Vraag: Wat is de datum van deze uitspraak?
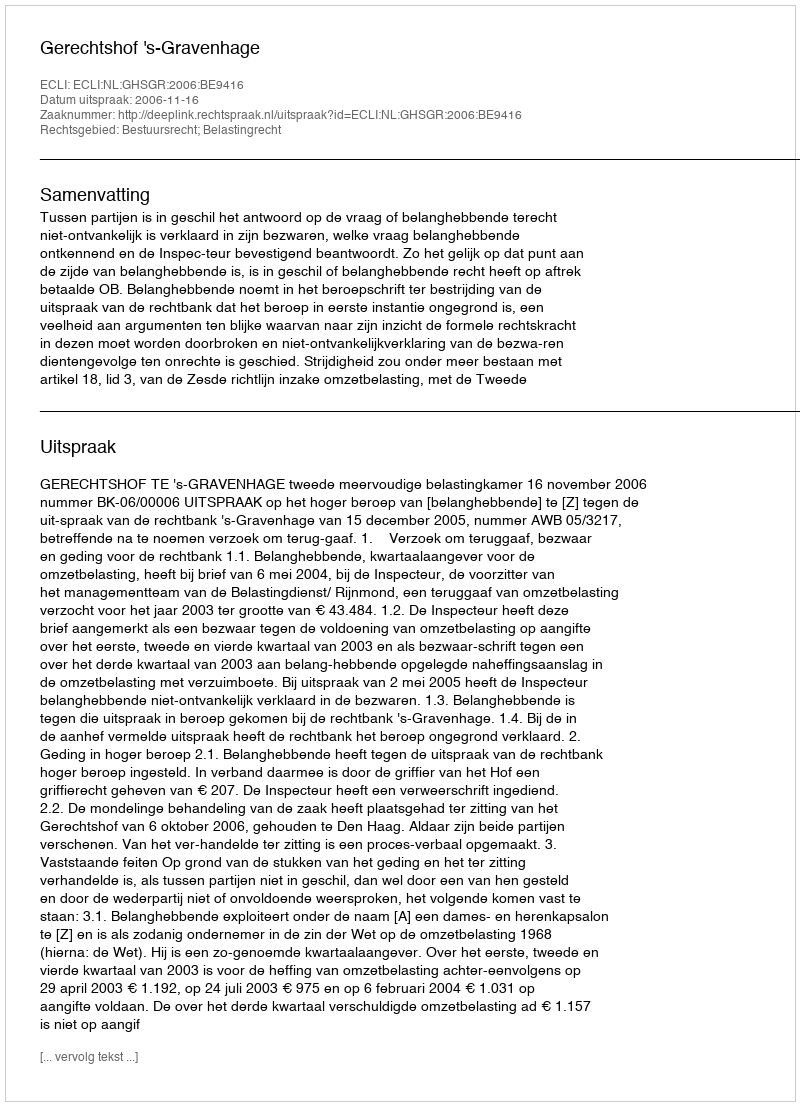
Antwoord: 2006-11-16